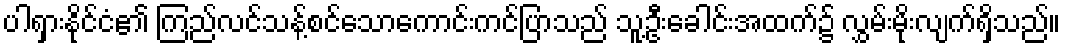
ပါရှားနိုင်ငံ၏ ကြည်လင်သန့်စင်သောကောင်းကင်ပြာသည် သူ့ဦးခေါင်းအထက်၌ လွှမ်းမိုးလျက်ရှိသည်။